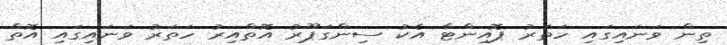
ތިން ވަނައިގައި ހަތަރު ޕޮއިންޓާ އެކު ސިންގަޕޫރު އޮތްއިރު ހަތަރު ވަނައިގައި އޮތް